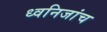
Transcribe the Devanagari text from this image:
ध्वनिजांच